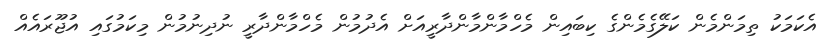
އެކަމަކު ތިމަންމެން ކަލޭގެމެންގެ ކިބައިން މެހްމާންމާންދާރީއަށް އެދުމުން މެހްމާންދާރީ ނުދިނުމުން މިކަމުގައި އުޖޫރައެއް